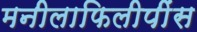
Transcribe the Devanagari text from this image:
मनीलाफिलीपींस